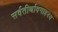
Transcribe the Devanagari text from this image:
सर्वतीर्थावगाहस्य